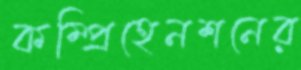
কম্প্রিহেনশনের